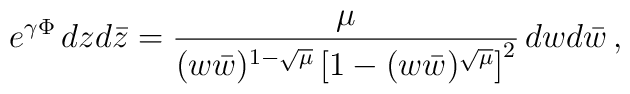
e^{\gamma\Phi}\,dz d\bar z = \frac{\mu}{(w\bar w)^{1 - \sqrt{\mu}}\left[                           1 - (w\bar w)^{\sqrt{\mu}}\right]^2}\, dw d\bar w\,,